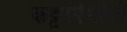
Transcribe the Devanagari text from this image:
कट्टरपंथीयों